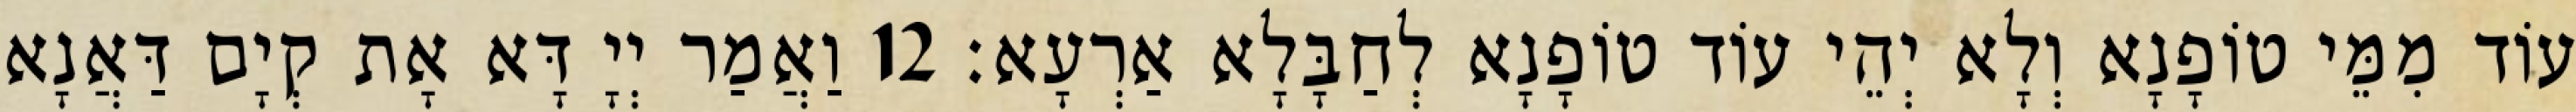
עוֹד מִמֵּי טוֹפָנָא וְלָא יְהֵי עוֹד טוֹפָנָא לְחַבָּלָא אַרְעָא׃ 12 וַאֲמַר יְיָ דָּא אָת קְיָם דַּאֲנָא